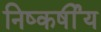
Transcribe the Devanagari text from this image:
निष्कर्षीय